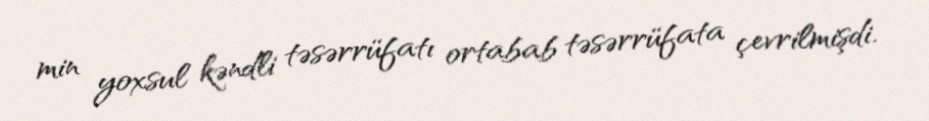
min yoxsul kəndli təsərrüfatı ortabab təsərrüfata çevrilmişdi.